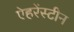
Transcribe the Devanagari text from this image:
ऐहरेंस्टीन